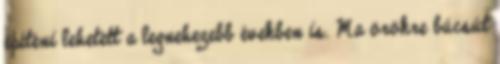
építeni lehetett a legnehezebb években is. Ma örökre búcsút